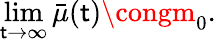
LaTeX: \operatorname*{lim}_{\mathsf{t}\rightarrow\infty}\bar{{\mu}}(\mathsf{t})\congm_{0}.